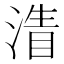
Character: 𣹴